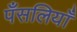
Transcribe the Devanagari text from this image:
पँसलियाँ